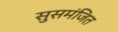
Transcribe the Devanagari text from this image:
सुसमंजित